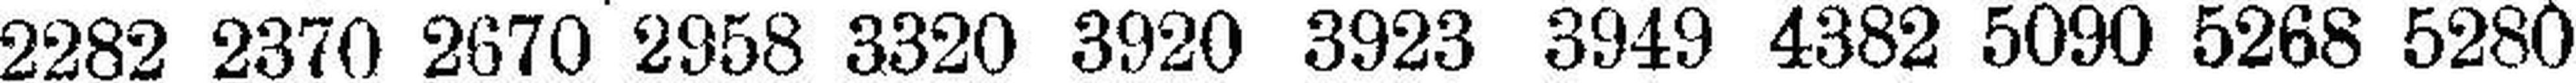
2282 2370 2670 2958 3320 3920 3923 3949 4382 5090 5268 5280